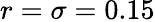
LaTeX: r=\sigma=0.15